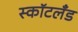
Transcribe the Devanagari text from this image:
स्कॉटलॅंड